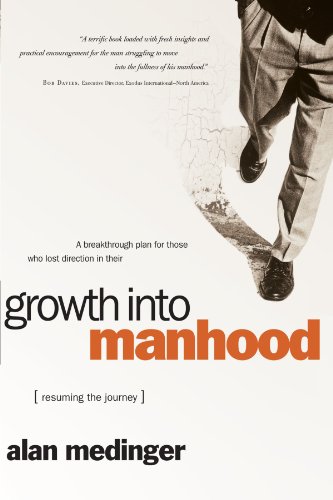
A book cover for Growth into Manhood: Resuming the Journey; Alan Medinger; Christian Books & Bibles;